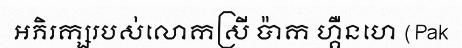
អភិរក្សរបស់លោកស្រី ប៉ាក ហ្គឺនហេ (Pak